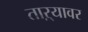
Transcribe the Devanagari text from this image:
ताऱ्यावर